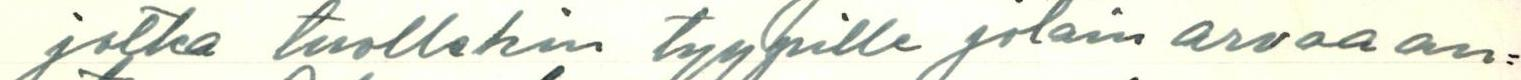
jotka tuollekin tyypille jotain arvoa an=